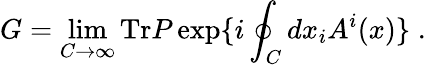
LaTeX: G=\operatorname*{lim}_{C\to\infty}\mathrm{Tr}P\exp\{ i\oint_{C}dx_{i}A^{i}(x)\} \; .